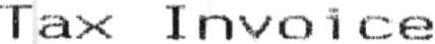
TAX INVOICE